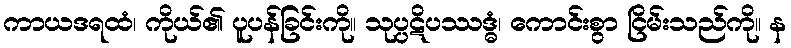
ကာယဒရထံ၊ ကိုယ်၏ ပူပန်ခြင်းကို။ သုပ္ပဋိပဿဒ္ဓံ၊ ကောင်းစွာ ငြိမ်းသည်ကို။ န